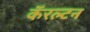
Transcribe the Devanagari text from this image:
कॅरल्टन